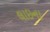
લાઇના